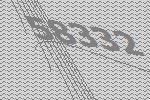
58332